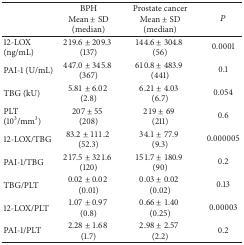
|  | BPHMean ± SD(median) | Prostate cancerMean ± SD(median) | P |
 | --- | --- | --- | --- |
 | 12-LOX (ng/mL) | 219.6 ± 209.3 (137) | 144.6 ± 304.8 (56) | 0.0001 |
 | PAI-1 (U/mL) | 447.0 ± 345.8 (367) | 610.8 ± 483.9 (441) | 0.1 |
 | TBG (kU) | 5.81 ± 6.02 (2.8) | 6.21 ± 4.03 (6.7) | 0.054 |
 | PLT (103/mm3) | 207 ± 55 (208) | 219 ± 69 (211) | 0.6 |
 | 12-LOX/TBG | 83.2 ± 111.2 (52.3) | 34.1 ± 77.9 (9.3) | 0.000005 |
 | PAI-1/TBG | 217.5 ± 321.6 (120) | 151.7 ± 180.9 (90) | 0.2 |
 | TBG/PLT | 0.02 ± 0.02 (0.01) | 0.03 ± 0.02 (0.02) | 0.13 |
 | 12-LOX/PLT | 1.07 ± 0.97 (0.8) | 0.66 ± 1.40 (0.25) | 0.00003 |
 | PAI-1/PLT | 2.28 ± 1.68 (1.7) | 2.98 ± 2.57 (2.2) | 0.2 |